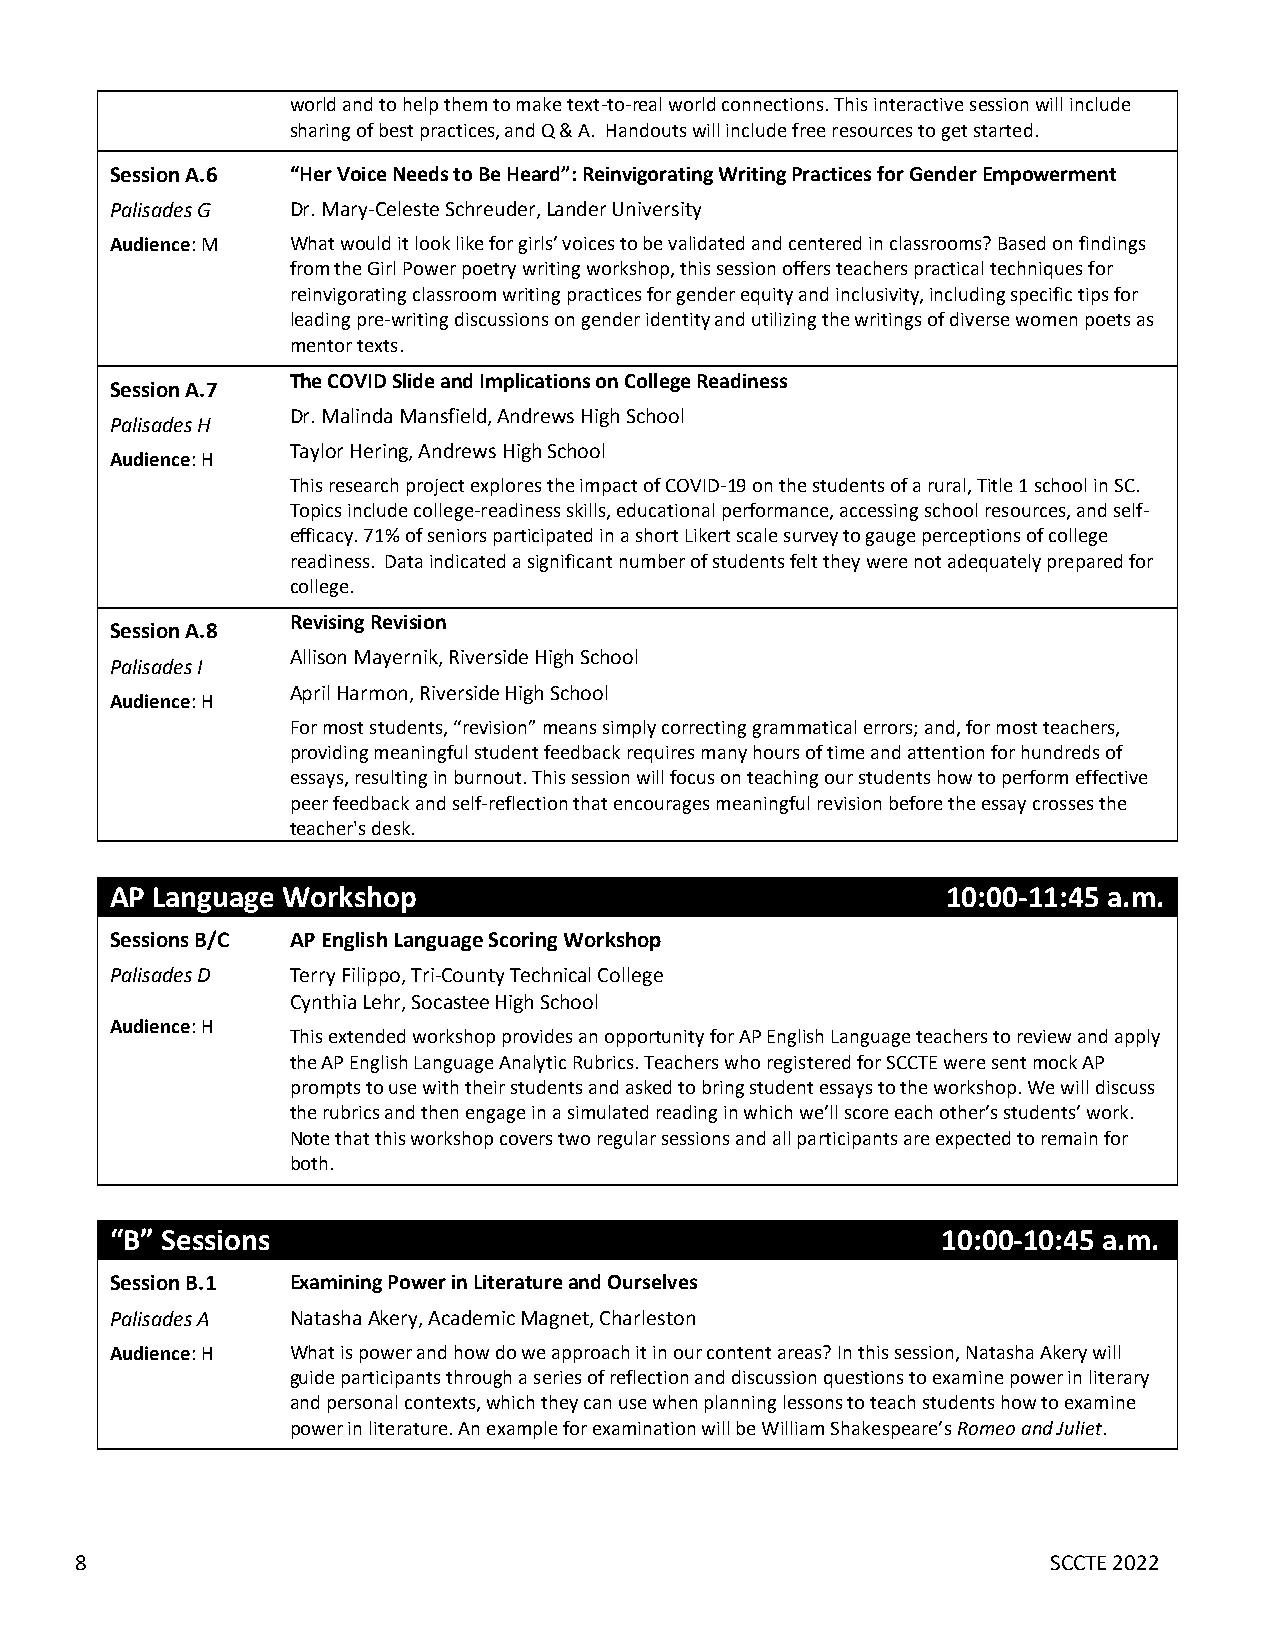
world and to help them to make text-to-real world connections. This interactive session will include
 sharing of best practices, and Q & A. Handouts will include free resources to get started.
 Session A.6 “Her Voice Needs to Be Heard”: Reinvigorating Writing Practices for Gender Empowerment
 Palisades G Dr. Mary-Celeste Schreuder, Lander University
 Audience: M What would it look like for girls’ voices to be validated and centered in classrooms? Based on findings
 from the Girl Power poetry writing workshop, this session offers teachers practical techniques for
 reinvigorating classroom writing practices for gender equity and inclusivity, including specific tips for
 leading pre-writing discussions on gender identity and utilizing the writings of diverse women poets as
 mentor texts.
 The COVID Slide and Implications on College Readiness
 Session A.7
 Dr. Malinda Mansfield, Andrews High School
 Palisades H
 Audience: H
 Taylor Hering, Andrews High School
 This research project explores the impact of COVID-19 on the students of a rural, Title 1 school in SC.
 Topics include college-readiness skills, educational performance, accessing school resources, and self-
 efficacy. 71% of seniors participated in a short Likert scale survey to gauge perceptions of college
 readiness. Data indicated a significant number of students felt they were not adequately prepared for
 college.
 Revising Revision
 Session A.8
 Allison Mayernik, Riverside High School
 Palisades I
 Audience: H
 April Harmon, Riverside High School
 For most students, “revision” means simply correcting grammatical errors; and, for most teachers,
 providing meaningful student feedback requires many hours of time and attention for hundreds of
 essays, resulting in burnout. This session will focus on teaching our students how to perform effective
 peer feedback and self-reflection that encourages meaningful revision before the essay crosses the
 teacher's desk.
 AP Language Workshop                                    10:00-11:45 a.m.
 Sessions B/C AP English Language Scoring Workshop
 Palisades D Terry Filippo, Tri-County Technical College
 Cynthia Lehr, Socastee High School
 Audience: H
 This extended workshop provides an opportunity for AP English Language teachers to review and apply
 the AP English Language Analytic Rubrics. Teachers who registered for SCCTE were sent mock AP
 prompts to use with their students and asked to bring student essays to the workshop. We will discuss
 the rubrics and then engage in a simulated reading in which we’ll score each other’s students’ work.
 Note that this workshop covers two regular sessions and all participants are expected to remain for
 both.
 “B” Sessions                                           10:00-10:45 a.m.
 Session B.1 Examining Power in Literature and Ourselves
 Palisades A Natasha Akery, Academic Magnet, Charleston
 Audience: H What is power and how do we approach it in our content areas? In this session, Natasha Akery will
 guide participants through a series of reflection and discussion questions to examine power in literary
 and personal contexts, which they can use when planning lessons to teach students how to examine
 power in literature. An example for examination will be William Shakespeare’s Romeo and Juliet.
 8                                                                SCCTE 2022